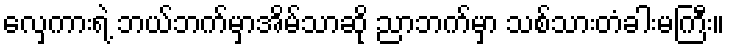
လှေကားရဲ့ ဘယ်ဘက်မှာအိမ်သာဆို ညာဘက်မှာ သစ်သားတံခါးမကြီး။